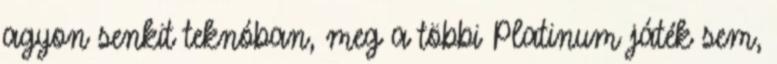
agyon senkit teknóban, meg a többi Platinum játék sem,